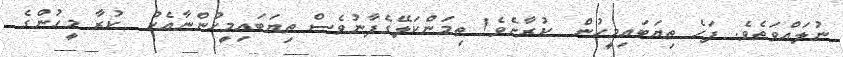
ނުލައްވަތެވެ. ފަހެ ތިޔަބައިމީހުން  ކުރާށެވެ! ތިމަންކަލޭގެފާނުވެސް ތިޔަބައިމީހުންނާއެކު  ކުރާ މީހުންގެ